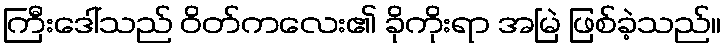
ကြီးဒေါ်သည် ဝိတ်ကလေး၏ ခိုကိုးရာ အမြဲ ဖြစ်ခဲ့သည်။